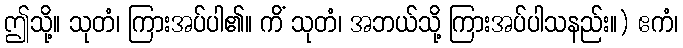
ဤသို့။ သုတံ၊ ကြားအပ်ပါ၏။ ကိံ သုတံ၊ အဘယ်သို့ ကြားအပ်ပါသနည်း။) ဧကံ၊